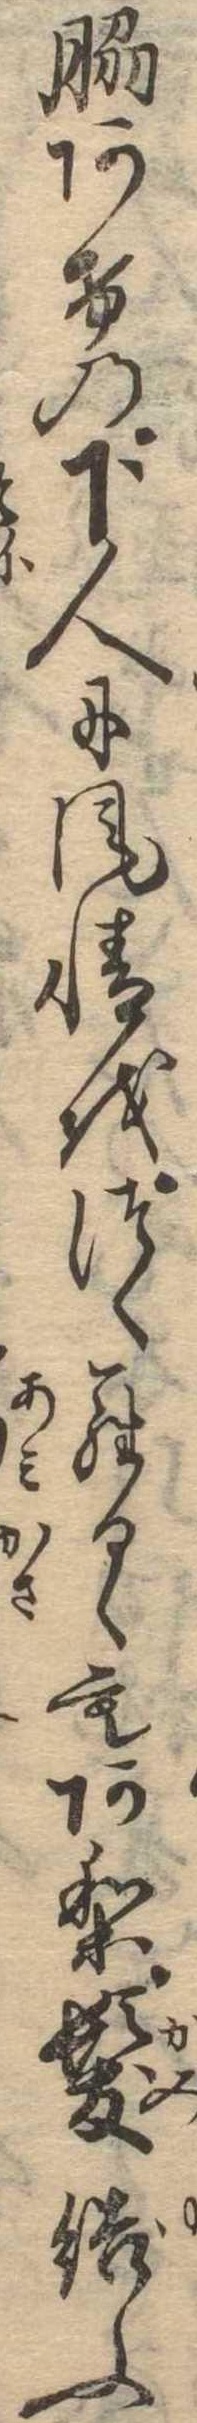
脇あけの下人に風情をつくらるゝもあり髪結ふ